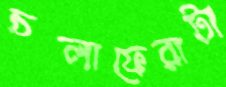
চলাফেরাটা